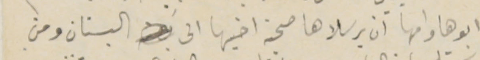
ابوها وامها ان يرسلاها صحبة اخيها الى البستان ومن